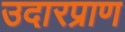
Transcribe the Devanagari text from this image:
उदारप्राण